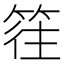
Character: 𥯂